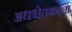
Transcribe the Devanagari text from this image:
अधश्चेतकाला